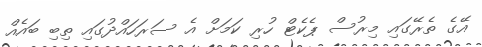
އޭގެ ތެރޭގައި މިރުސް ޕެކެޓް ހުރި ކަމަށް އެ ސަރަހައްދުގައި ތިބި ބައެއް